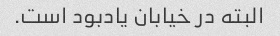
البته در خیابان یادبود است.